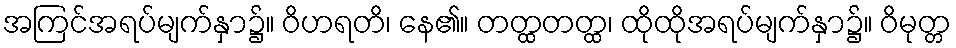
အကြင်အရပ်မျက်နှာ၌။ ဝိဟရတိ၊ နေ၏။ တတ္ထတတ္ထ၊ ထိုထိုအရပ်မျက်နှာ၌။ ဝိမုတ္တ